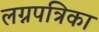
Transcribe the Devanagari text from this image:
लग्नपत्रिका